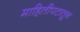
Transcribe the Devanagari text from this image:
माहितीपटातून